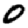
Digit: 0